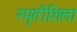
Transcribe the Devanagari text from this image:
स्मृतीशिला